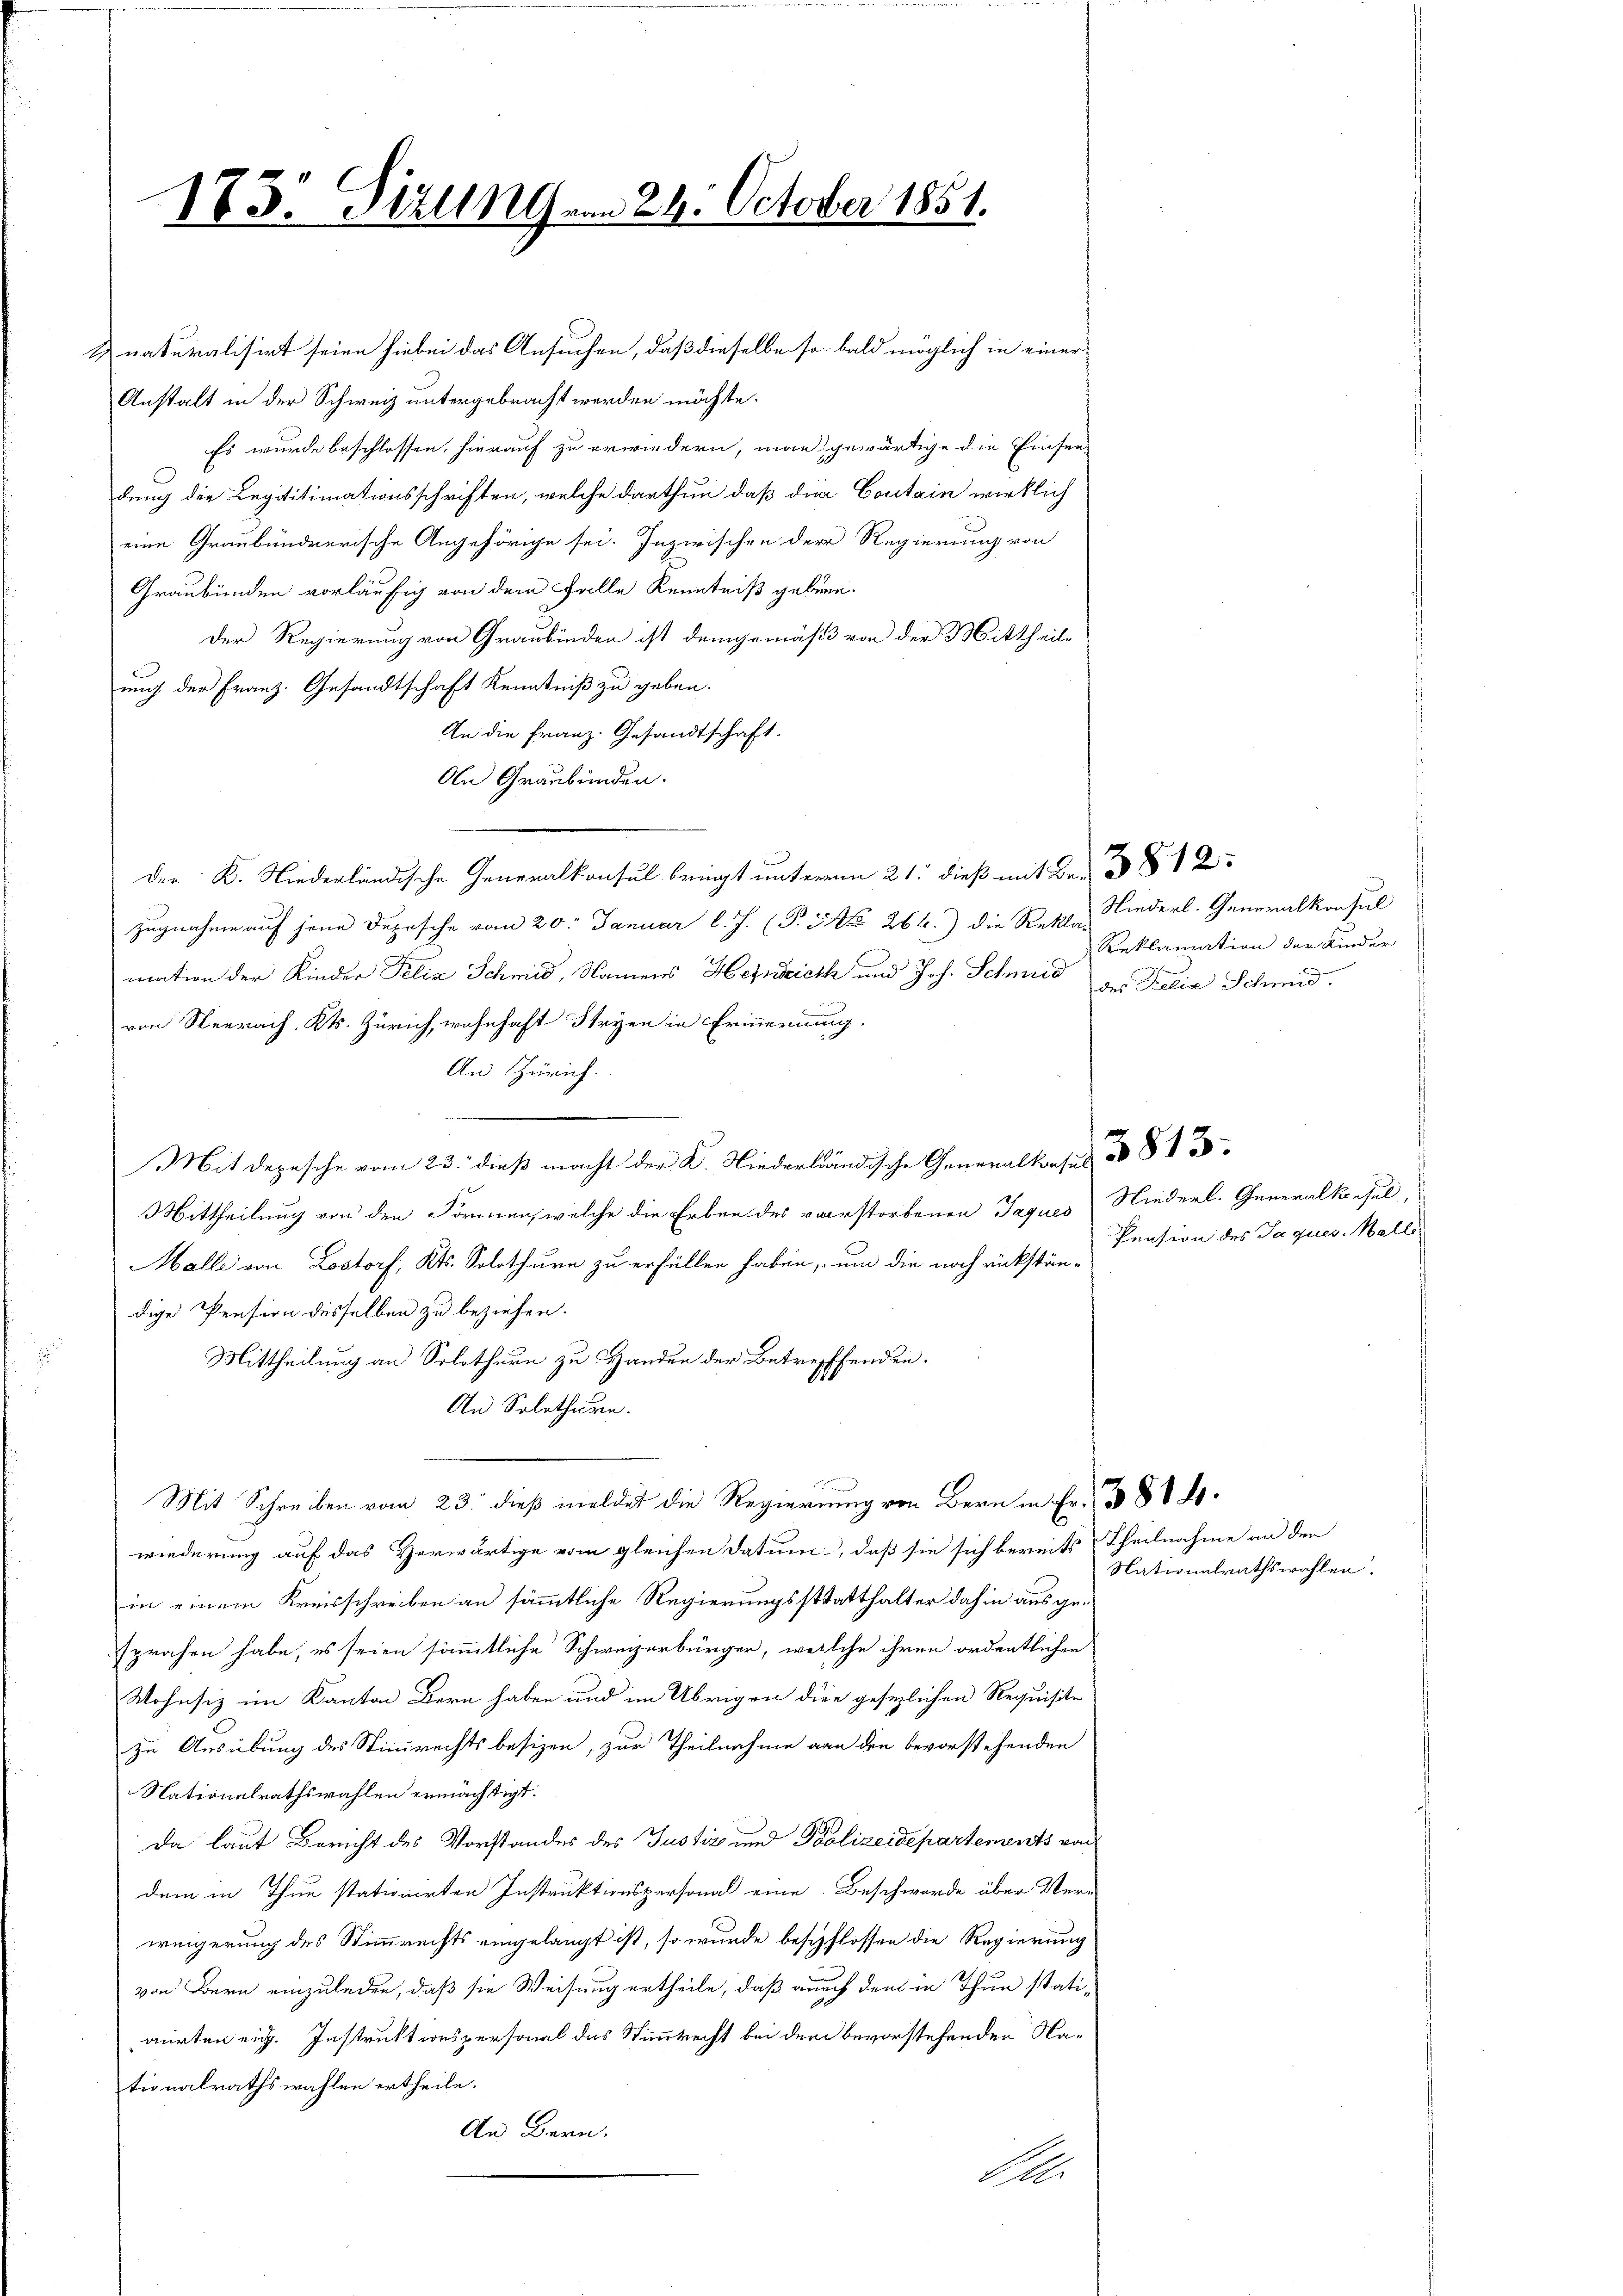
173. Sitzung vom 24. October 1851.

naturalisirt seien hiebei das Ansuchen, daß dieselbe so bald möglich in einer
Anstalt in der Schweiz untergebracht werden möchte.
Es wurde beschlossen, hierauf zu erwiedern, man gewärtige die Einsen-
dung der Legititimationsschriften, welche darthun daß der Coutain wirklich
eine Graubündnerische Angehörige sei. Inzwischen der Regierung von
Graubünden vorläufig von dem Falle Kenntniß gebene
Der Regierung von Graubünden ist demgemäß von der Mittheile
ung der Franz. Gesandtschaft Kenntniß zu geben.
An die Franz. Gesandtschaft.
An Graubünden.
der K. Niederländische Generalkonsul bringt unterm 21. dieß mit Br 2
zugnahme auf jene Depesche vom 20. Januar l. J. (T. S. 264.) die Rekla-
mation der Kinder Felix Schmid, Namens Heinrich und Joh. Schmid des Felia Schmid.
von Neerach, Kts. Zürich, wohnhaft Stryen in Erinnerung.
An Zürich.
Mit Depesche vom 23. dieß macht der K. Niederländische Generalkonsend 813
Mittheilung von den Formen, welche die Erben des vorstorbenen Jaques Niederl. Generalkonsul,
Malle von Lostorf, Kts. Solothurn zu erfüllen haben, um die noch rückständige Pension desselben zu beziehen.
Mittheilung an Solothurn zu Handen der Betreffenden.
An Solothurn.
g
Mit Schreiben vom 23. dieß meldet die Regierung von Bern in Fr. 388 f.
wiederung auf das Vorwärtige vom gleichen Datum, daß sie sich bereits Theilnahme an den
in einem Kreisschreiben an sämmtliche Regierungsstatthalter dahin aus gesprachen habe, es seien sämmtliche Schweizerbürger, welche ihren ordentlichen
Wohnsiz im Kanton Bern haben und im Übrigen dies gesezlichen Requisite
zu Ausübung des Stimmrechts besizen, zur Theilnahme von den bevorstehenden
Nationalrathswahlen ermächtigt.
Da laut Bericht des Vorstandes des Justiz und Polizeidepartements von
dem in Thun stationirten Instruktionspersonal eine Beschwerde über Ver-
weigerung des Stimmrechts eingelangt ist, so wurde beschlossen die Regierung
von Bern einzuladen, daß sie Weisung ertheile, daß auch den in Thun stati-
girten ein. Instruktionspersonal das Stimmrecht bei dem bevorstehenden Nationalrathswahlen ertheile.
An Bern.
Sol.

Niederl. Generalkonsul
Reklamation der Kinder

Pension des Jaques Malle

Nationalrathswahlen.